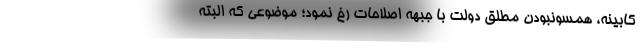
کابینه، همسو‌نبودن مطلق دولت با جبهه اصلاحات رخ نمود؛ موضوعی که البته